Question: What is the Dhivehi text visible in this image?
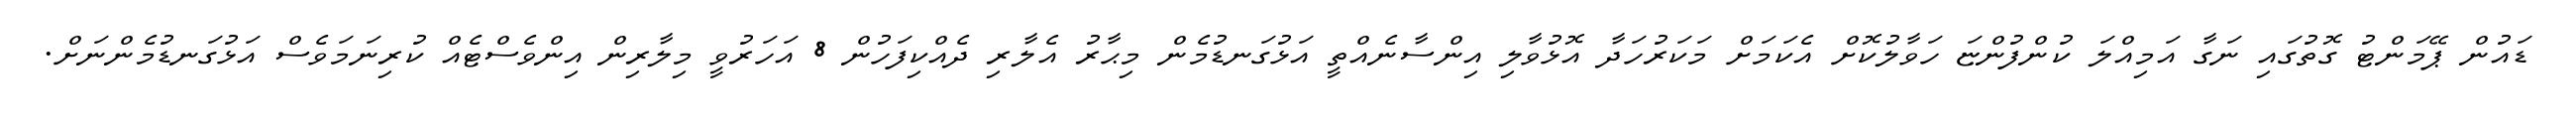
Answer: ޑައުން ޕޭމަންޓު ގޮތުގައި ނަގާ އަމިއްލަ ކުންފުންޏަ ހަވާލުކޮށް އެކަމަށް މަކަރުހަދާ އޮޅުވާލި އިންސާނެއްތީ އަޅުގަނޑުމެން މިޙާރު އެލާރި ދެއްކިފަހުން 8 އަހަރުވީ މިލާރިން އިންވެސްޓެއް ކުރިނަމަވެސް އަޅުގަނޑުމެންނަށް.